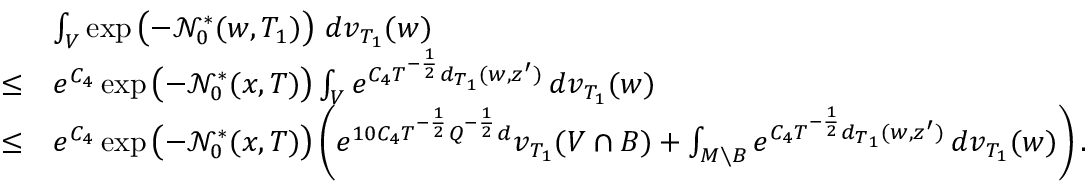
\begin{array} { r l } & { \int _ { V } \exp \left( - \ensuremath { \mathcal { N } } _ { 0 } ^ { * } ( w , T _ { 1 } ) \right) \, d v _ { T _ { 1 } } ( w ) } \\ { \le } & { e ^ { C _ { 4 } } \exp \left( - \ensuremath { \mathcal { N } } _ { 0 } ^ { * } ( x , T ) \right) \int _ { V } e ^ { C _ { 4 } T ^ { - \frac 1 2 } d _ { T _ { 1 } } ( w , z ^ { \prime } ) } \, d v _ { T _ { 1 } } ( w ) } \\ { \le } & { e ^ { C _ { 4 } } \exp \left( - \ensuremath { \mathcal { N } } _ { 0 } ^ { * } ( x , T ) \right) \left( e ^ { 1 0 C _ { 4 } T ^ { - \frac 1 2 } Q ^ { - \frac 1 2 } d } v _ { T _ { 1 } } ( V \cap B ) + \int _ { M \setminus B } e ^ { C _ { 4 } T ^ { - \frac 1 2 } d _ { T _ { 1 } } ( w , z ^ { \prime } ) } \, d v _ { T _ { 1 } } ( w ) \right) . } \end{array}